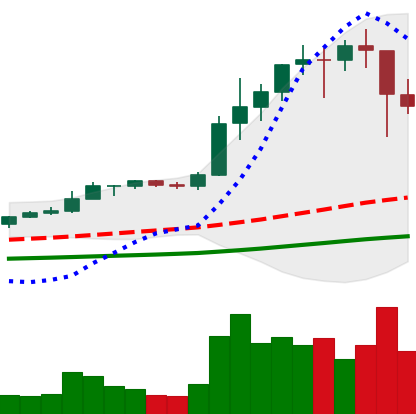
Ticker: ETH-USD
Chart end date: 2021-01-12
Forward return: 17.896%
Label: up_7plus